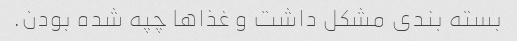
بسته بندى مشکل داشت و غذا‌ها چپه شده بودن.